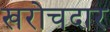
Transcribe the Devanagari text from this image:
खरोचदार